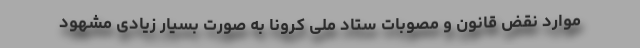
موارد نقض قانون و مصوبات ستاد ملی کرونا به صورت بسیار زیادی مشهود